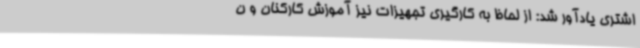
اشتری یادآور شد: از لحاظ به کارگیری تجهیزات نیز آموزش کارکنان و ن